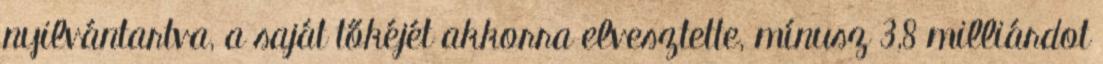
nyilvántartva, a saját tőkéjét akkorra elvesztette, mínusz 3,8 milliárdot